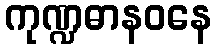
ကုဏ္ဍဓာနဝနေ